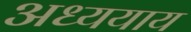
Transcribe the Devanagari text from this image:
अध्ययाय